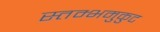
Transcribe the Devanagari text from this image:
स्तम्भमुकुट